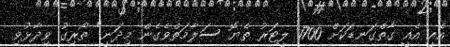
އެއީ އެއީ ގާތްގަނޑަކަށް 1700 ލީޓަރު ތެޔޮ ސަލާމަތްވެގެން މިދަނީ" ތޯރިގު ވިދާޅުވި